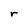
Character: r